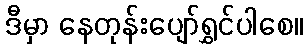
ဒီမှာ နေတုန်းပျော်ရွှင်ပါစေ။